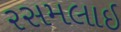
રસમલાઇ